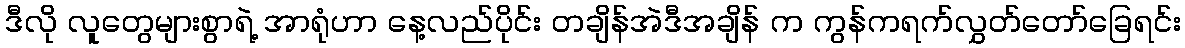
ဒီလို လူတွေများစွာရဲ့ အာရုံဟာ နေ့လည်ပိုင်း တချိန်အဲဒီအချိန် က ကွန်ကရက်လွှတ်တော်ခြေရင်း